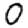
Digit: 0